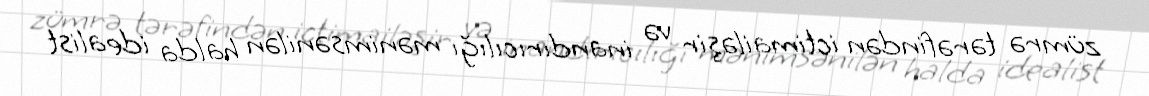
zümrə tərəfindən ictimailəşir və inandırıcılığı mənimsənilən halda idealist